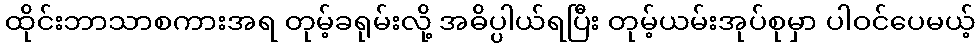
ထိုင်းဘာသာစကားအရ တုမ့်ခရုမ်းလို့ အဓိပ္ပါယ်ရပြီး တုမ့်ယမ်းအုပ်စုမှာ ပါဝင်ပေမယ့်